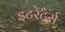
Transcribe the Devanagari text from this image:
इटरेटर्स